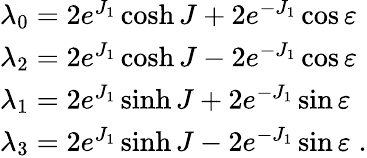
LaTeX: \begin{array}{l}{{\lambda_{0}=2e^{J_{1}}\cosh J+2e^{-J_{1}}\cos\varepsilon}}\\ {{\lambda_{2}=2e^{J_{1}}\cosh J-2e^{-J_{1}}\cos\varepsilon}}\\ {{\lambda_{1}=2e^{J_{1}}\sinh J+2e^{-J_{1}}\sin\varepsilon}}\\ {{\lambda_{3}=2e^{J_{1}}\sinh J-2e^{-J_{1}}\sin\varepsilon\; .}}\end{array}